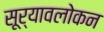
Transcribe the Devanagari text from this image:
सूर्यावलोकन